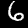
Label: 6